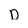
Character: D